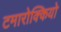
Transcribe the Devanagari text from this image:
टमारोक्कियो